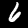
Label: 6